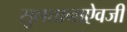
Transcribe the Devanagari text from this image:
सुलतानाऐवजी